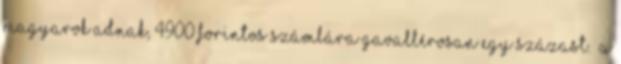
magyarok adnak, 4900 forintos számlára gavallérosan egy százast. „A